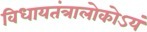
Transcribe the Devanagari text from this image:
विधायतंत्रालोकोऽयं